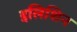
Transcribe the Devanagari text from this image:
इलिशिन